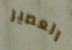
العصير